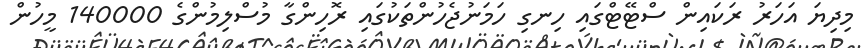
މިދިޔަ އަހަރު ރަކައިން ސްޓޭޓްގައި ހިނގި ހަމަނުޖެހުންތަކުގައި ރޮހިންގާ މުސްލިމުންގެ 140000 މީހުން